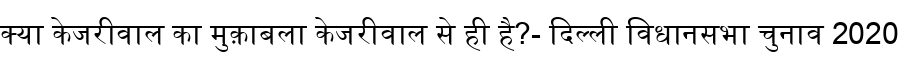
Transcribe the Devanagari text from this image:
क्या केजरीवाल का मुक़ाबला केजरीवाल से ही है?- दिल्ली विधानसभा चुनाव 2020